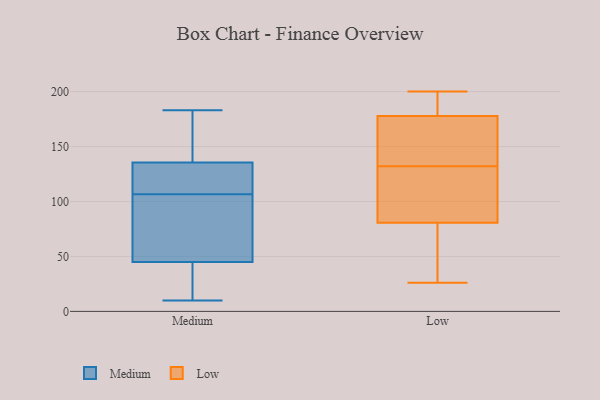
{"axis": {"x": "Page Views", "y": "Value"}, "legend": ["Low", "Medium"], "data": [{"x": "", "y": 133, "type": "Medium"}, {"x": "", "y": 138, "type": "Medium"}, {"x": "", "y": 48, "type": "Medium"}, {"x": "", "y": 47, "type": "Medium"}, {"x": "", "y": 59, "type": "Medium"}, {"x": "", "y": 114, "type": "Medium"}, {"x": "", "y": 36, "type": "Medium"}, {"x": "", "y": 43, "type": "Medium"}, {"x": "", "y": 131, "type": "Medium"}, {"x": "", "y": 129, "type": "Medium"}, {"x": "", "y": 165, "type": "Medium"}, {"x": "", "y": 149, "type": "Medium"}, {"x": "", "y": 183, "type": "Medium"}, {"x": "", "y": 10, "type": "Medium"}, {"x": "", "y": 99, "type": "Medium"}, {"x": "", "y": 16, "type": "Medium"}, {"x": "", "y": 79, "type": "Low"}, {"x": "", "y": 142, "type": "Low"}, {"x": "", "y": 145, "type": "Low"}, {"x": "", "y": 124, "type": "Low"}, {"x": "", "y": 184, "type": "Low"}, {"x": "", "y": 27, "type": "Low"}, {"x": "", "y": 137, "type": "Low"}, {"x": "", "y": 174, "type": "Low"}, {"x": "", "y": 86, "type": "Low"}, {"x": "", "y": 132, "type": "Low"}, {"x": "", "y": 200, "type": "Low"}, {"x": "", "y": 185, "type": "Low"}, {"x": "", "y": 179, "type": "Low"}, {"x": "", "y": 197, "type": "Low"}, {"x": "", "y": 26, "type": "Low"}, {"x": "", "y": 43, "type": "Low"}, {"x": "", "y": 125, "type": "Low"}, {"x": "", "y": 107, "type": "Low"}, {"x": "", "y": 29, "type": "Low"}]}